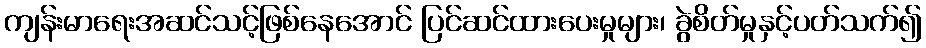
ကျန်းမာရေးအဆင်သင့်ဖြစ်နေအောင် ပြင်ဆင်ထားပေးမှုများ၊ ခွဲစိတ်မှုနှင့်ပတ်သက်၍